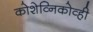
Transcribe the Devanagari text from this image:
कोशेव्निकोव्ही